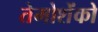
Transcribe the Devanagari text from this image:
तेमोशेंको